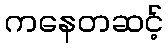
ကနေတဆင့်